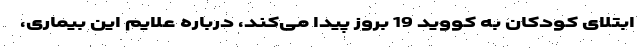
ابتلای کودکان به کووید 19 بروز پیدا می‌کند، درباره علایم این بیماری،